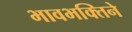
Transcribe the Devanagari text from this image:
भावभक्तिने